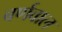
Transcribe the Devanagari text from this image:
बर्णवाल